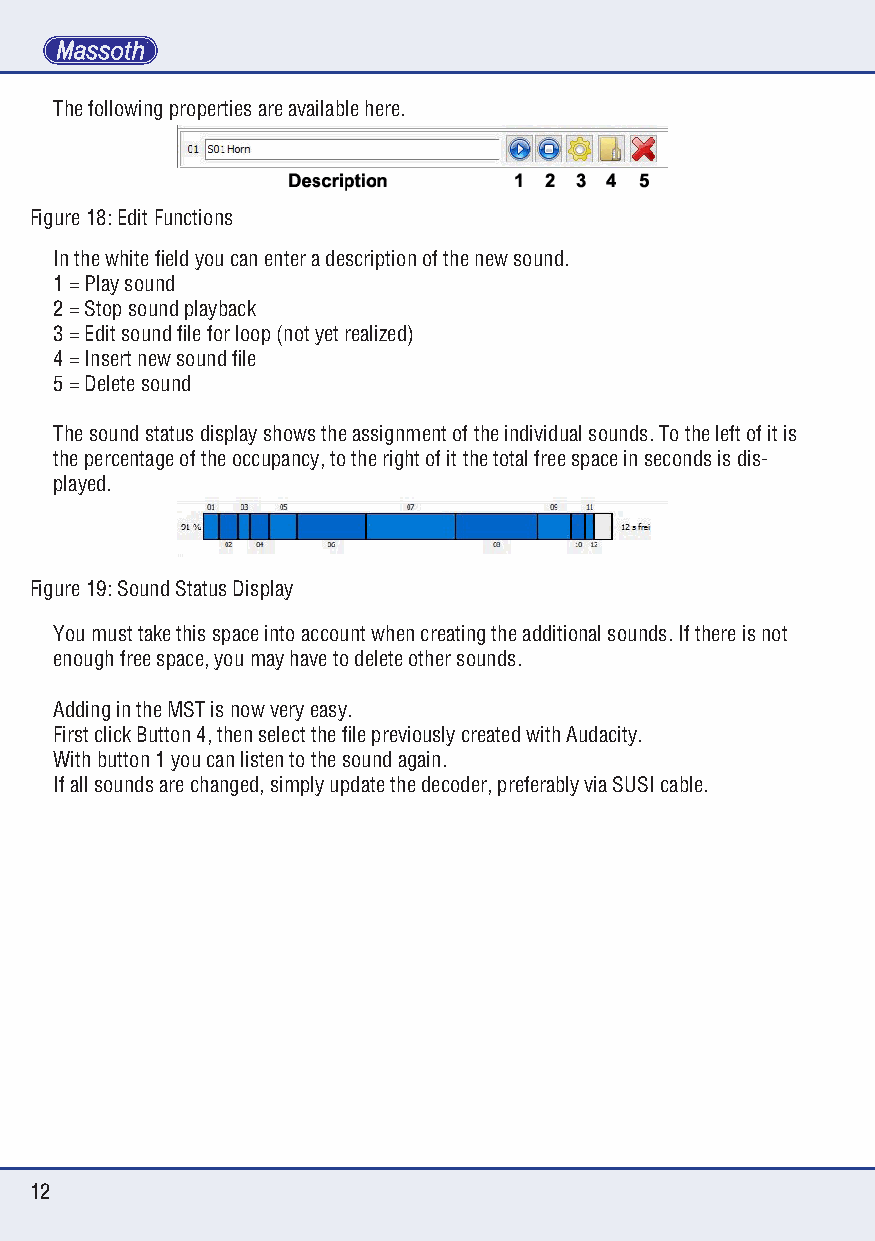
The following properties are available here.
 Figure 18: Edit Functions
 In the white field you can enter a description of the new sound.
 1 = Play sound
 2 = Stop sound playback
 3 = Edit sound file for loop (not yet realized)
 4 = Insert new sound file
 5 = Delete sound
 The sound status display shows the assignment of the individual sounds. To the left of it is
 the percentage of the occupancy, to the right of it the total free space in seconds is dis-
 played.
 Figure 19: Sound Status Display
 You must take this space into account when creating the additional sounds. If there is not
 enough free space, you may have to delete other sounds.
 Adding in the MST is now very easy.
 First click Button 4, then select the file previously created with Audacity.
 With button 1 you can listen to the sound again.
 If all sounds are changed, simply update the decoder, preferably via SUSI cable.
 12